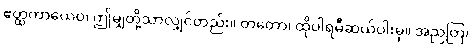
ဧတ္ထကာယေဝ၊ ဤမျှတို့သာလျှင်တည်း။ တတော၊ ထိုပါရမီဆယ်ပါးမှ။ အညတြ၊